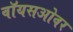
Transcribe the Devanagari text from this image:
वॉयसओवर